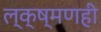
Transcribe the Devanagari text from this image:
ल्क्ष्मणही